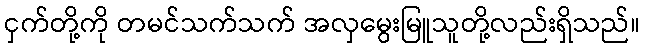
ငှက်တို့ကို တမင်သက်သက် အလှမွေးမြူသူတို့လည်းရှိသည်။